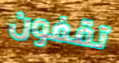
تقفون